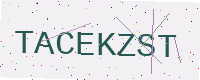
Text: TACEKZST